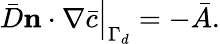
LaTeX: \left.\bar{D}\mathbf{n}\cdot\nabla\bar{c}\right|_{\Gamma_{d}}=-\bar{A}.